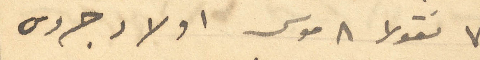
7 نقولا 8 موسى اولاد جروس